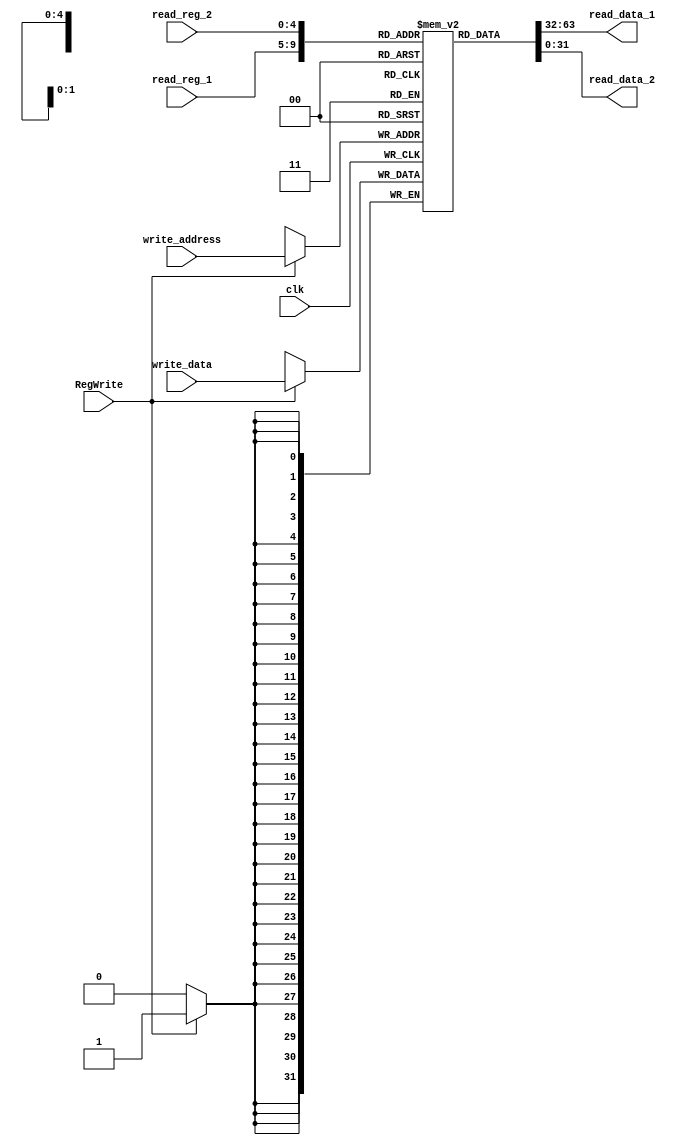
`timescale 1ns / 1ps

module register_file(
    input clk, RegWrite,
    input [31:0] write_data,
    input [4:0] read_reg_1, read_reg_2, write_address,
    output [31:0] read_data_1, read_data_2
    );
    reg [31:0] register_file [0:31];
    integer i;
    initial begin
        for (i = 0; i < 32; i = i + 1) begin
            register_file[i] = 32'd0;
        end
    end
   assign read_data_1 = register_file[read_reg_1];
   assign read_data_2 = register_file[read_reg_2];
    always @ (posedge clk) begin
        if (RegWrite)
            register_file[write_address] <= write_data;
    end
endmodule